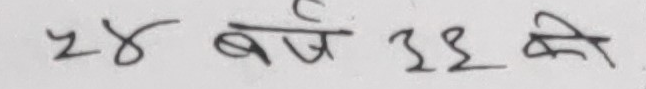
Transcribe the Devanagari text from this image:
२४ वर्ष ३३ की